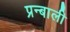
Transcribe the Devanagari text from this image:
प्रन्बाली